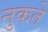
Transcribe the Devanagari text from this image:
नुकते